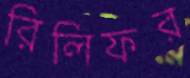
রিলিফর